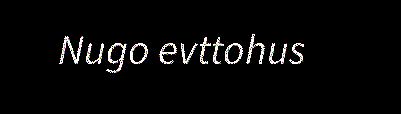
Nugo evttohus